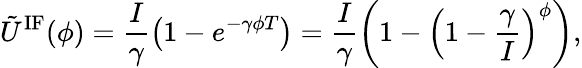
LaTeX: \tilde{U}^{\mathrm{IF}}(\phi)=\frac{I}{\gamma}\left(1-e^{-\gamma\phi T}\right)=\frac{I}{\gamma}\left(1-\left(1-\frac{\gamma}{I}\right)^{\phi}\right),